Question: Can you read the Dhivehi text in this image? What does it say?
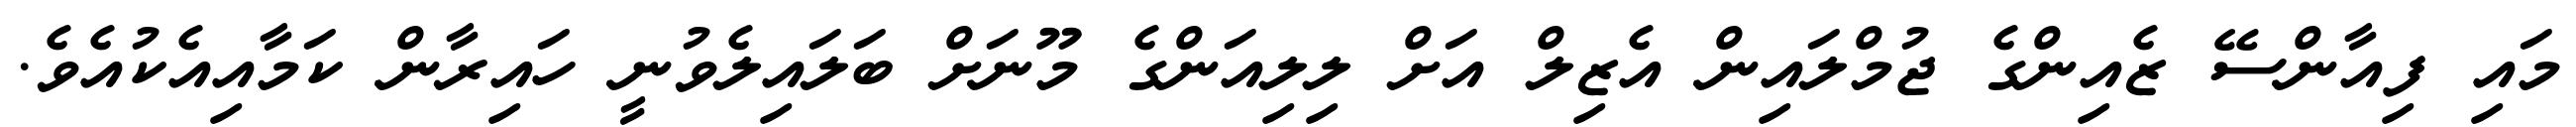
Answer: މައި ފިއާންސޭ ޒެއިންގެ ޖުމްލައިން އެޒިލް އަށް ލިލިއަންގެ މޫނަށް ބަލައިލެވުނީ ހައިރާން ކަމާއިއެކުއެވެ.